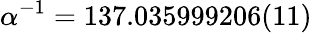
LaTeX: \alpha^{-1}=137.035999206(11)